Civil Veterinary Department. Madras. Admin. report 1910-25 - 1910-1925
Year: 1910
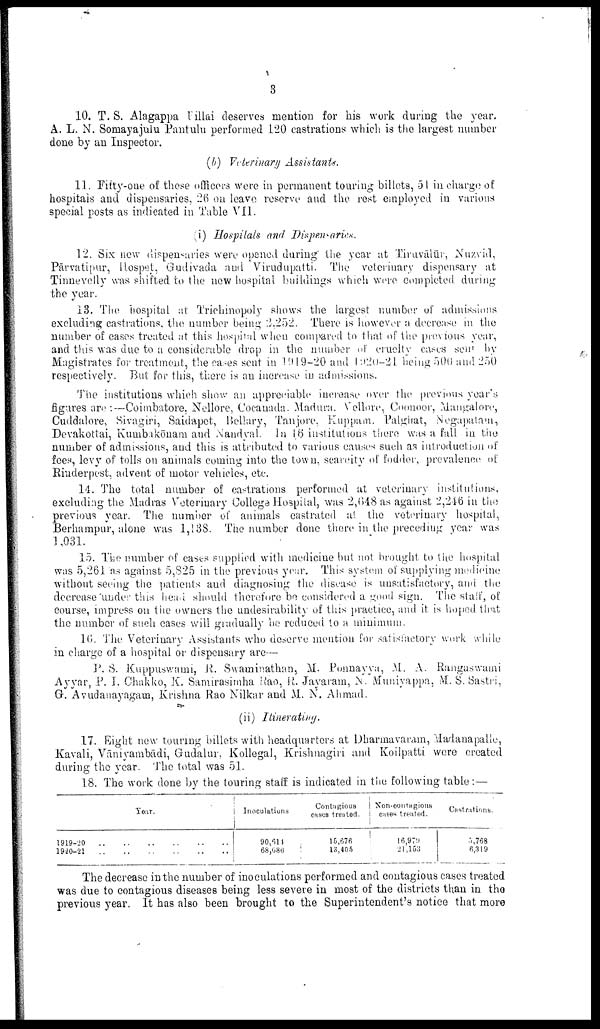
3
10. T. S. Alagappa Pillai deserves mention for his work during the year.
A. L. N. Somayajulu Pantulu performed 120 castrations which is the largest number
done by an Inspector.
(b) Veterinary Assistants.
11. Fifty-one of these officers were in permanent touring billets, 51 in charge of
hospitals and dispensaries, 26 on leave reserve and the rest employed in various
special posts as indicated in Table VII.
(i) Hospitals arid Dispensaries.
12. Six new dispensaries were opened during" the year at Tiruvālūr, Nuzvid,
Pārvatipur, Hospet, Gudivada and Virudupatti. The veterinary dispensary at
Tinnevelly was shifted to the new hospital buildings which were completed during
the year.
13. The hospital at Trichinopoly shows the largest number of admissions
excluding castrations, the number being 2,252. There is however a decrease in the
number of cases treated at this hospital when compared to that of the previous year,
and this was due to a considerable drop in the number of cruelty cases sent by
Magistrates for treatment, the cases sent in 1919-20 and 1920-21. being 500 and 250
respectively. But for this, there is an increase in admissions.
The institutions which show an appreciable increase over the previous year's
figures are :—Coimbatore, Nellore, Cocanada, Madura. Vellore, Coonoor, Mangalore,
Cuddalore, Sivagiri, Saidapet, Bellary, Tanjore, Kuppam, Palghat, Negapatam,
Devakottai, Kumbakōnam and Nandyal. In 16 institutions there was a fall in the
number of admissions, and this is attributed to various causes such as introduction of
fees, levy of tolls on animals coming into the town, scarcity of fodder, prevalence of
Rinderpest, advent of motor vehicles, etc.
14. The total number of castrations performed at veterinary institutions,
excluding the Madras Veterinary College Hospital, was 2,018 as against 2,216 in the
previous year. The number of animals castrated at the veterinary hospital,
Berhampur, alone was 1,138. The number done there in the preceding year was
1,031.
15. The number of cases supplied with medicine but not brought to the hospital
was 5,261 as against 5,825 in the previous year. This system of supplying medicine
without seeing the patients and diagnosing the disease is unsatisfactory, and the
decrease under this head should therefore be considered a good sign. The stall, of
course, impress on the owners the undesirability of this practice, and it is hoped that
the number of such cases will gradually be reduced to a minimum.
16. The Veterinary Assistants who deserve mention for satisfactory work while
in charge of a hospital or dispensary are—
P. S. Kuppuswami, R. Swaminathan, M. Ponnayya, M. A. Rangaswami
Ayyar, P. I. Chakko, K. Samirasimha Rao, R. Jayaram, N. Muniyappa, M. S. Sastri,
G. Avudanayagam, Krishna Rao Nilkar and M. N. Ahmad.
(ii) Itinerating.
17. Eight new touring billets with headquarters at Dharmavaram, Madanapalle,
Kavali, Vāniyambādi, Gudalur, Kollegal, Krishnagiri and Koilpatti were created
during the year. The total was 51.
18. The work done by the touring staff is indicated in the following table:—
1919-20 ..
1920-21 ..
..
..
Tear.
..
..
..
..
..
..
..
..
Inoculations
90,614
68,686
Contagious
cases treated.
15,676
13,405
Non-contagious
cases treated.
16,979
21,153
Castrations.
5,768
6,319
The decrease in the number of inoculations performed and contagious cases treated
was due to contagious diseases being less severe in most of the districts than in the
previous year. It has also been brought to the Superintendent's notice that more